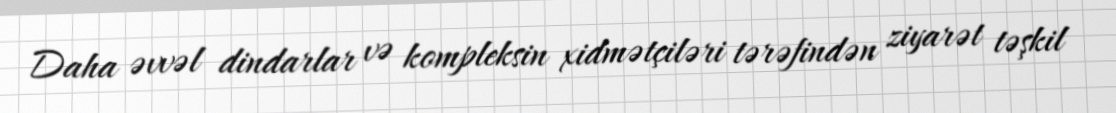
Daha əvvəl dindarlar və kompleksin xidmətçiləri tərəfindən ziyarət təşkil